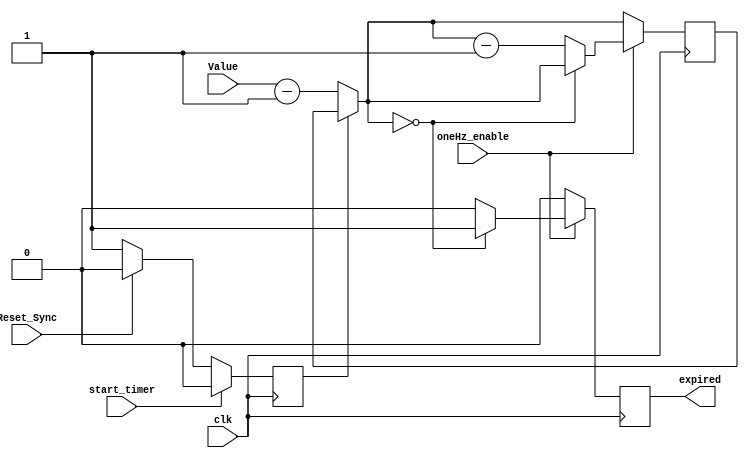
`timescale 1ns / 1ps
//////////////////////////////////////////////////////////////////////////////////
// Company: 
// Engineer: 
// 
// Design Name: 
// Module Name:    Timer 
// Project Name: 
// Target Devices: 
// Tool versions: 
// Description: 
//
// Dependencies: 
//
// Revision: 
// Revision 0.01 - File Created
// Additional Comments: 
//
//////////////////////////////////////////////////////////////////////////////////
module Timer(
    input [3:0] Value,
    input oneHz_enable,
    input start_timer,
	 input clk,
	 input Reset_Sync,
    output reg expired
    );
	 
	 
	 reg [3:0] time_left;
	 reg change =1; // Since Value is set by the time parameter module Value should be assinged to time_left after a one clock cycle 
	 
	always@(posedge clk) begin
		
		if (!change) begin
			change = 1;
			time_left = Value-1;
		end
			
		if (Reset_Sync)begin
			change = 0;
		end			
		if (start_timer) begin
			change =0;
		end
		expired = 0;
		
		if (oneHz_enable) begin
			if (!time_left) begin
				expired = 1;
				end
	
			else begin
			time_left = time_left - 1;
			end
		end
				
																		
	end



endmodule